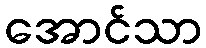
အောင်သာ